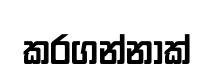
කරගන්නාක්